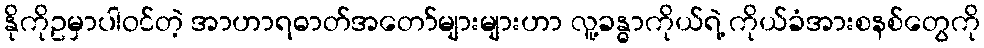
နိုကိုဥမှာပါဝင်တဲ့ အာဟာရဓာတ်အတော်များများဟာ လူ့ခန္ဓာကိုယ်ရဲ့ ကိုယ်ခံအားစနစ်တွေကို